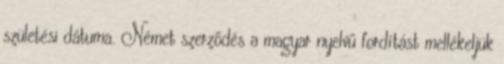
születési dátuma. Német szerződés a magyar nyelvű fordítást mellékeljük